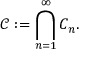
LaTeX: { \mathcal { C } } : = \bigcap _ { n = 1 } ^ { \infty } C _ { n } .